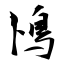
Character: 鳪